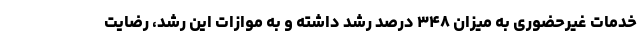
خدمات غیرحضوری به میزان ۳۴۸ درصد رشد داشته و به موازات این رشد، رضایت